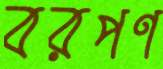
বরপণ